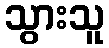
သွားသူ